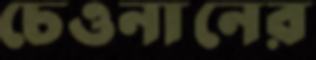
চেওনানের